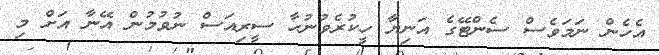
އެހެން ނަމަވެސް ސެންޓޭގެ އަނިޔާ ހީކުރެވުނުހާ ސީރިއަސް ނުވުމުން އޭނާ އަށް މި